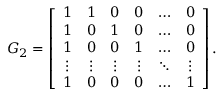
G _ { 2 } = \left[ \begin{array} { c c c c c c } { 1 } & { 1 } & { 0 } & { 0 } & { \ldots } & { 0 } \\ { 1 } & { 0 } & { 1 } & { 0 } & { \ldots } & { 0 } \\ { 1 } & { 0 } & { 0 } & { 1 } & { \ldots } & { 0 } \\ { \vdots } & { \vdots } & { \vdots } & { \vdots } & { \ddots } & { \vdots } \\ { 1 } & { 0 } & { 0 } & { 0 } & { \ldots } & { 1 } \end{array} \right] .